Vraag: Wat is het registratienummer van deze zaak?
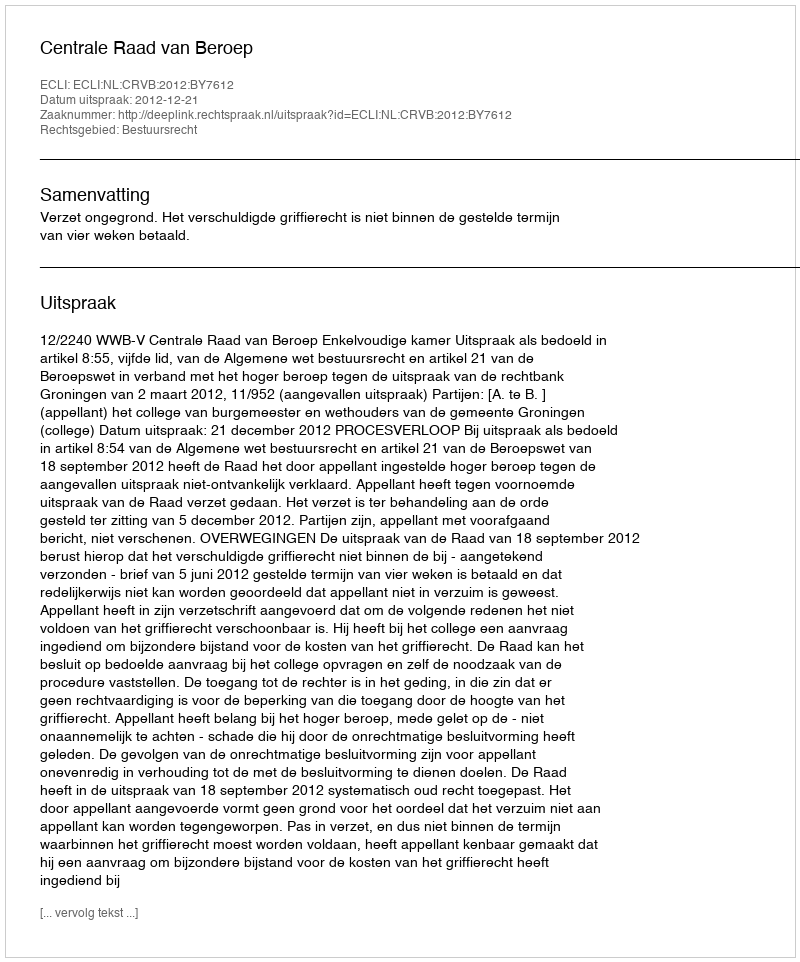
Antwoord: http://deeplink.rechtspraak.nl/uitspraak?id=ECLI:NL:CRVB:2012:BY7612